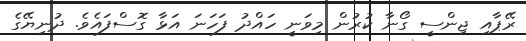
ރޭޕާއި ޖިންސީ ގޯނާ ކުރުން މިވަނީ ހައްދު ފަހަނަ އަޅާ ގޮސްފައެވެ. ދުނިޔޭގެ